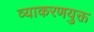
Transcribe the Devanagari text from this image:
व्याकरणयुक्त